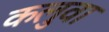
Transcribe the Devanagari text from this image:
कलुवा